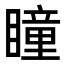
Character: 瞳